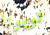
تويوتا